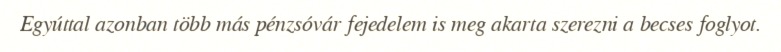
Egyúttal azonban több más pénzsóvár fejedelem is meg akarta szerezni a becses foglyot.